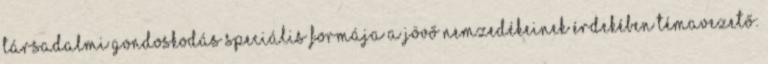
társadalmi gondoskodás speciális formája a jövő nemzedékeinek érdekében Témavezető: